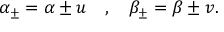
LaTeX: \alpha _ { \pm } = \alpha \pm u \quad , \quad \beta _ { \pm } = \beta \pm v .